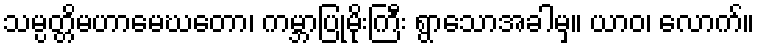
သမ္ပတ္တိမဟာမေဃတော၊ ကမ္ဘာပြုမိုးကြီး ရွာသောအခါမှ။ ယာဝ၊ လောက်။